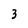
Character: 3